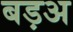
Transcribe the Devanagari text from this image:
बड़अ